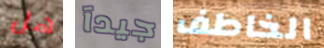
هل جيدآ الخاطف